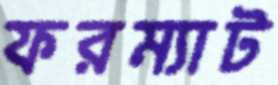
ফরম্যাট